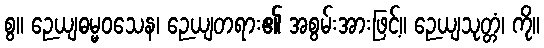
စွ။ ဉေယျဓမ္မဝသေန၊ ဉေယျတရား၏ အစွမ်းအားဖြင့်။ ဉေယျသုတ္တံ၊ ကို။